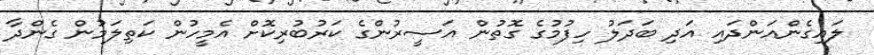
ލައިގެންއަންދައި އަދި ބަދަލު ހިފުމުގެ ގޮތުން އަސީރުންގެ ކަރުބުރިކޮށް އެމީހުން ކަތިލަމުން ގެންދާ